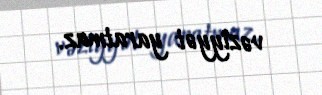
vəziyyət yaratmaz.